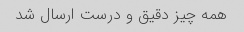
همه چیز دقیق و درست ارسال شد